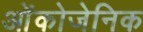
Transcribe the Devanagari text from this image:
ओंकोजेनिक